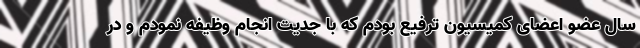
سال عضو اعضای کمیسیون ترفیع بودم که با جدیت انجام وظیفه نمودم و در